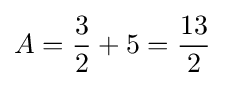
A={\frac {3}{2}}+5={\frac {13}{2}}